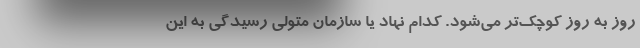
روز به روز کوچک‌تر می‌شود. کدام نهاد یا سازمان متولی رسیدگی به این